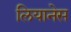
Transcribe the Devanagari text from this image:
लियानेस